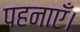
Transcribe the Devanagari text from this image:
पहनाएँ।